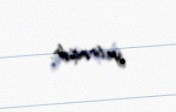
yetirmişdir.